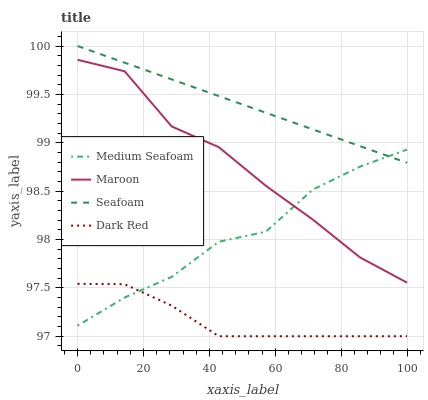
| xaxis_label | Medium Seafoam | Maroon | Seafoam | Dark Red |
 | --- | --- | --- | --- | --- |
 | 0 | 97.1 | 99.9 | 100 | 97.5 |
 | 14.3 | 97.4 | 99.7 | 99.8 | 97.5 |
 | 28.6 | 97.6 | 99.2 | 99.7 | 97.3 |
 | 42.9 | 98 | 99 | 99.5 | 97 |
 | 57.1 | 98.1 | 98.6 | 99.3 | 97 |
 | 71.4 | 98.5 | 98.2 | 99.1 | 97 |
 | 85.7 | 98.8 | 97.8 | 99 | 97 |
 | 100 | 98.9 | 97.6 | 98.8 | 97 |